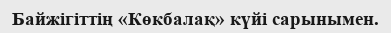
Байжігіттің «Көкбалақ» күйі сарынымен.